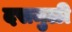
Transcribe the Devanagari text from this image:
दसमुळी